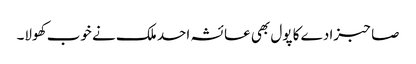
صاحبزادے کا پول بھی عائشہ احد ملک نے خوب کھولا۔